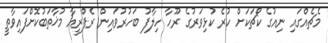
މެޗެއްގައި ނިއުގެ ކޯޗަކަށް ހުރެ ކުޅިވަރުގެ ރޫހާ ހިލާފު ބަހުރުވައިން ރެފްރީއާ މުޚާތަބުކޮށްފައިވާތީ